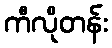
ကီလိုတန်း